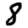
Digit: 8